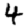
Digit: 4